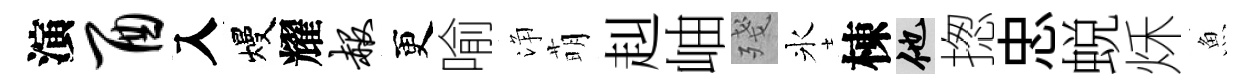
演酉入熳耀赧更喻浄萌赳岫殘氷棟他揔忠蜕秌魚